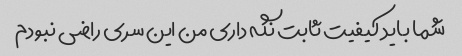
شما باید کیفیت ثابت نگه داری من این سری راضی نبودم